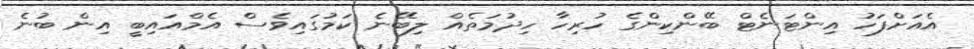
އެއަށްފަހު އިންޓަނެޓް ބޭންކިންގެ ހުރިހާ ހިދުމަތެއް ލިބޭނެ ކަމުގައިވެސް އެމްއައިބީ އިން ބުނެ